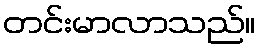
တင်းမာလာသည်။